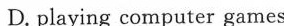
D. playing computer games